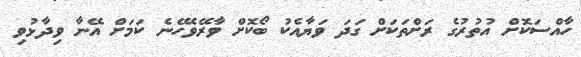
ހާއްސަކޮށް އުތުރުގެ ރަށްތަކަށް ގަދަ ވަޔާއެކު ބޯކޮށް ވާރޭވެހޭނެ ކަމަށް އޭނާ ވިދާޅުވި